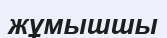
жұмышшы